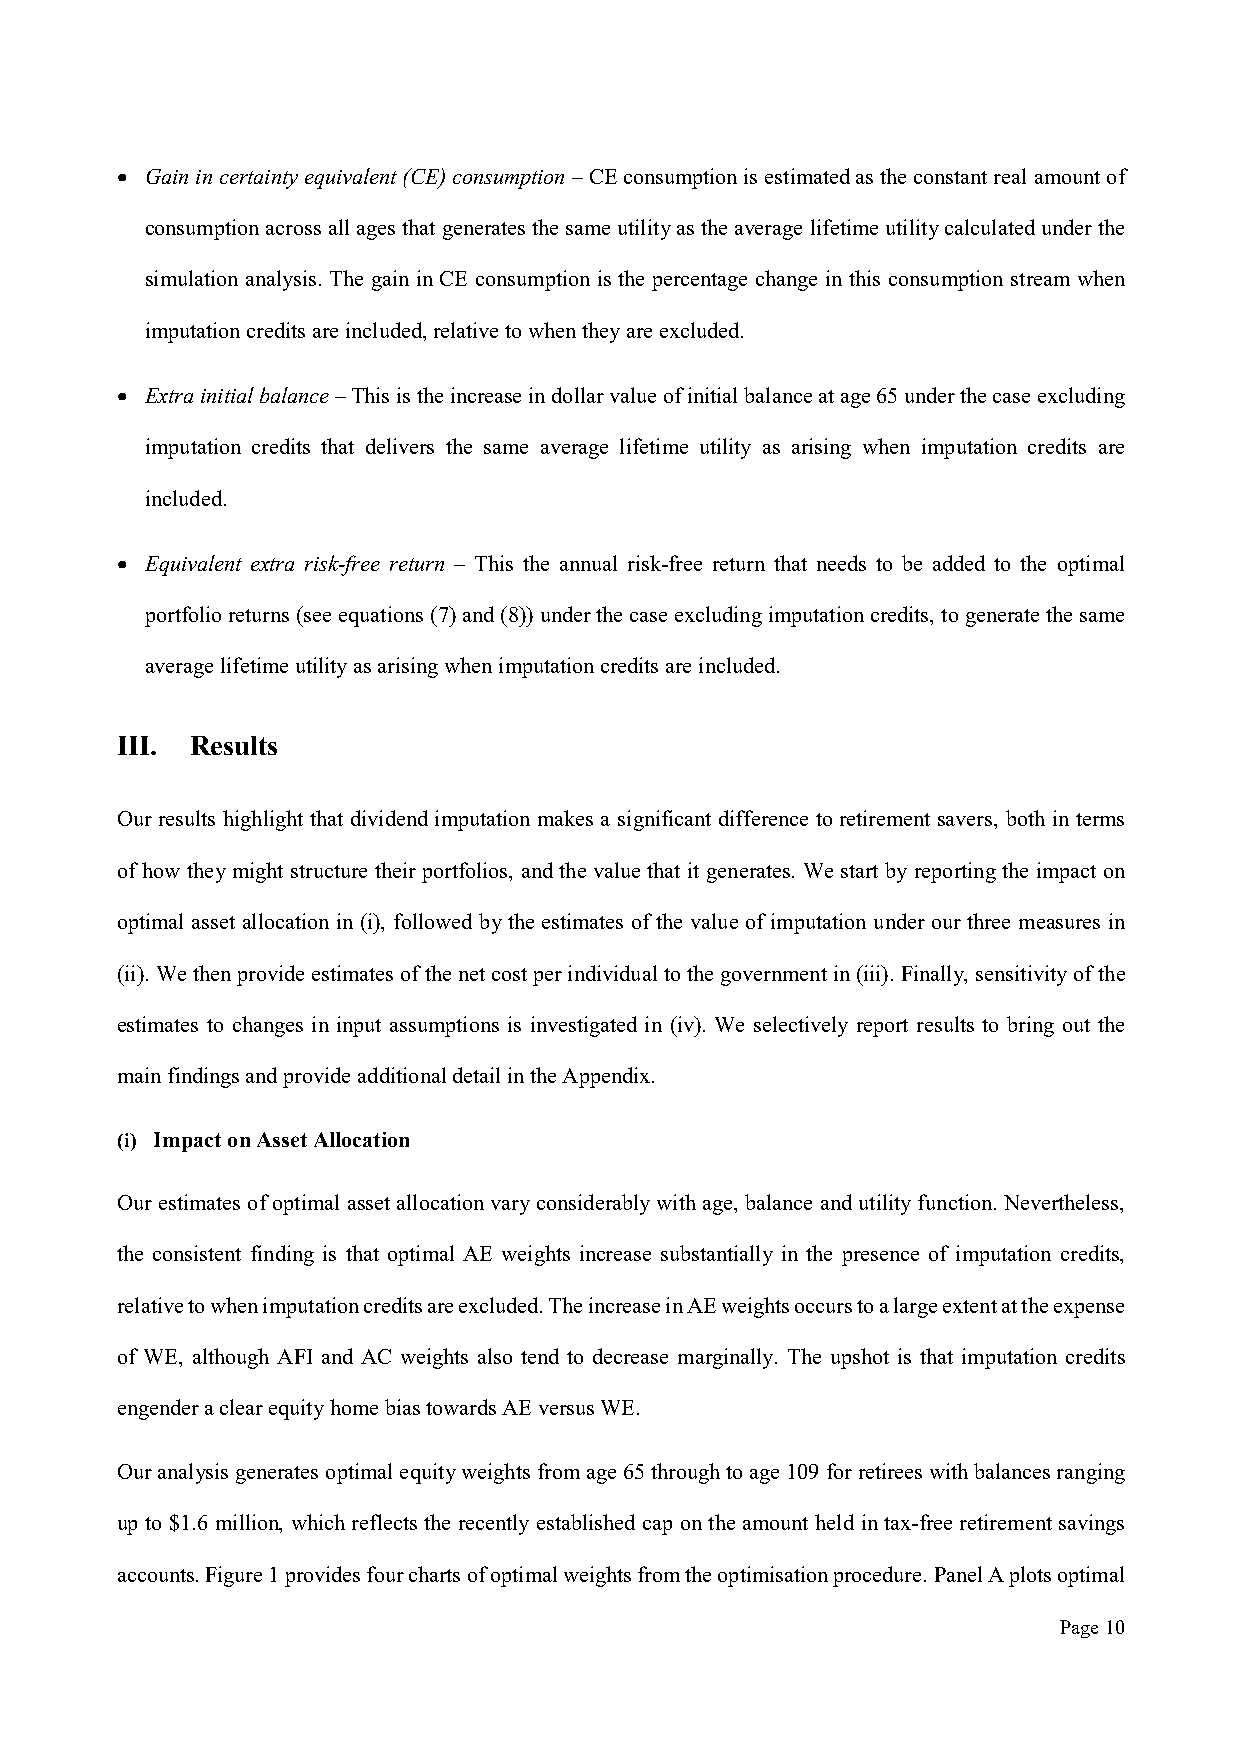
 Gain in certainty equivalent (CE) consumption – CE consumption is estimated as the constant real amount of
 consumption across all ages that generates the same utility as the average lifetime utility calculated under the
 simulation analysis. The gain in CE consumption is the percentage change in this consumption stream when
 imputation credits are included, relative to when they are excluded.
  Extra initial balance – This is the increase in dollar value of initial balance at age 65 under the case excluding
 imputation credits that delivers the same average lifetime utility as arising when imputation credits are
 included.
  Equivalent extra risk-free return – This the annual risk-free return that needs to be added to the optimal
 portfolio returns (see equations (7) and (8)) under the case excluding imputation credits, to generate the same
 average lifetime utility as arising when imputation credits are included.
 III. Results
 Our results highlight that dividend imputation makes a significant difference to retirement savers, both in terms
 of how they might structure their portfolios, and the value that it generates. We start by reporting the impact on
 optimal asset allocation in (i), followed by the estimates of the value of imputation under our three measures in
 (ii). We then provide estimates of the net cost per individual to the government in (iii). Finally, sensitivity of the
 estimates to changes in input assumptions is investigated in (iv). We selectively report results to bring out the
 main findings and provide additional detail in the Appendix.
 (i) Impact on Asset Allocation
 Our estimates of optimal asset allocation vary considerably with age, balance and utility function. Nevertheless,
 the consistent finding is that optimal AE weights increase substantially in the presence of imputation credits,
 relative to when imputation credits are excluded. The increase in AE weights occurs to a large extent at the expense
 of WE, although AFI and AC weights also tend to decrease marginally. The upshot is that imputation credits
 engender a clear equity home bias towards AE versus WE.
 Our analysis generates optimal equity weights from age 65 through to age 109 for retirees with balances ranging
 up to $1.6 million, which reflects the recently established cap on the amount held in tax-free retirement savings
 accounts. Figure 1 provides four charts of optimal weights from the optimisation procedure. Panel A plots optimal
 Page 10